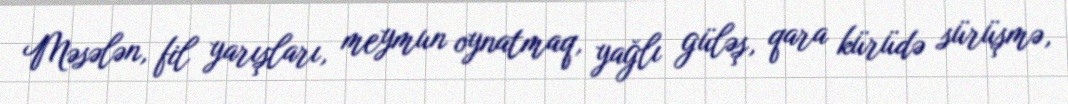
Məsələn, fil yarışları, meymun oynatmaq, yağlı güləş, qara kürüdə sürüşmə,